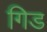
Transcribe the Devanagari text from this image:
गिड